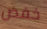
خفض